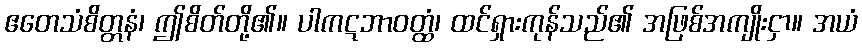
ဧတေသံစိတ္တနံ၊ ဤစိတ်တို့၏။ ပါကဋဘာဝတ္ထံ၊ ထင်ရှားကုန်သည်၏ အဖြစ်အကျိုးငှာ။ အယံ